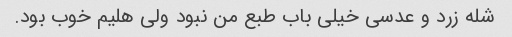
شله زرد و عدسی خیلی باب طبع من نبود ولی هلیم خوب بود.